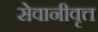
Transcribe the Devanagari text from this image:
सेवानीवृत्त